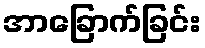
အာခြောက်ခြင်း